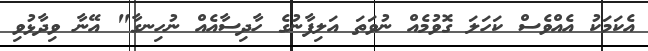
އެކަމަކު އެއްވެސް ކަހަލަ ގޮވުމެއް ނުވަތަ އަލިފާނުގެ ހާދިސާއެއް ނުހިނގާ" އޭނާ ވިދާޅުވި